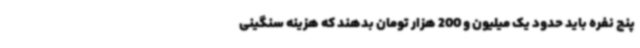
پنج نفره باید حدود یک میلیون و 200 هزار تومان بدهند که هزینه سنگینی